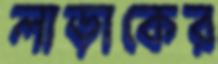
লাড়াকের